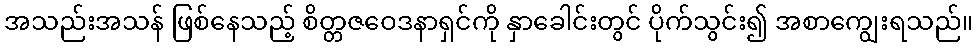
အသည်းအသန် ဖြစ်နေသည့် စိတ္တဇဝေဒနာရှင်ကို နှာခေါင်းတွင် ပိုက်သွင်း၍ အစာကျွေးရသည်။